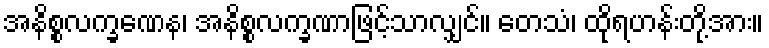
အနိစ္စလက္ခဏေန၊ အနိစ္စလက္ခဏာဖြင့်သာလျှင်။ တေသံ၊ ထိုရဟန်းတို့အား။